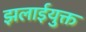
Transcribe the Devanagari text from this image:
झलाईयुक्त